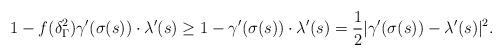
LaTeX: \begin{align*}1- f(\delta_\Gamma^2)\gamma'(\sigma(s))\cdot \lambda'(s) \ge 1- \gamma'(\sigma(s))\cdot \lambda'(s) = \frac 12|\gamma'(\sigma(s))-\lambda'(s)|^2.\end{align*}